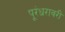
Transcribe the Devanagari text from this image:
पूरंधरावरी